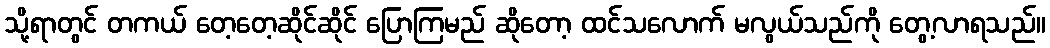
သို့ရာတွင် တကယ် တေ့တေ့ဆိုင်ဆိုင် ပြောကြမည် ဆိုတော့ ထင်သလောက် မလွယ်သည်ကို တွေ့လာရသည်။